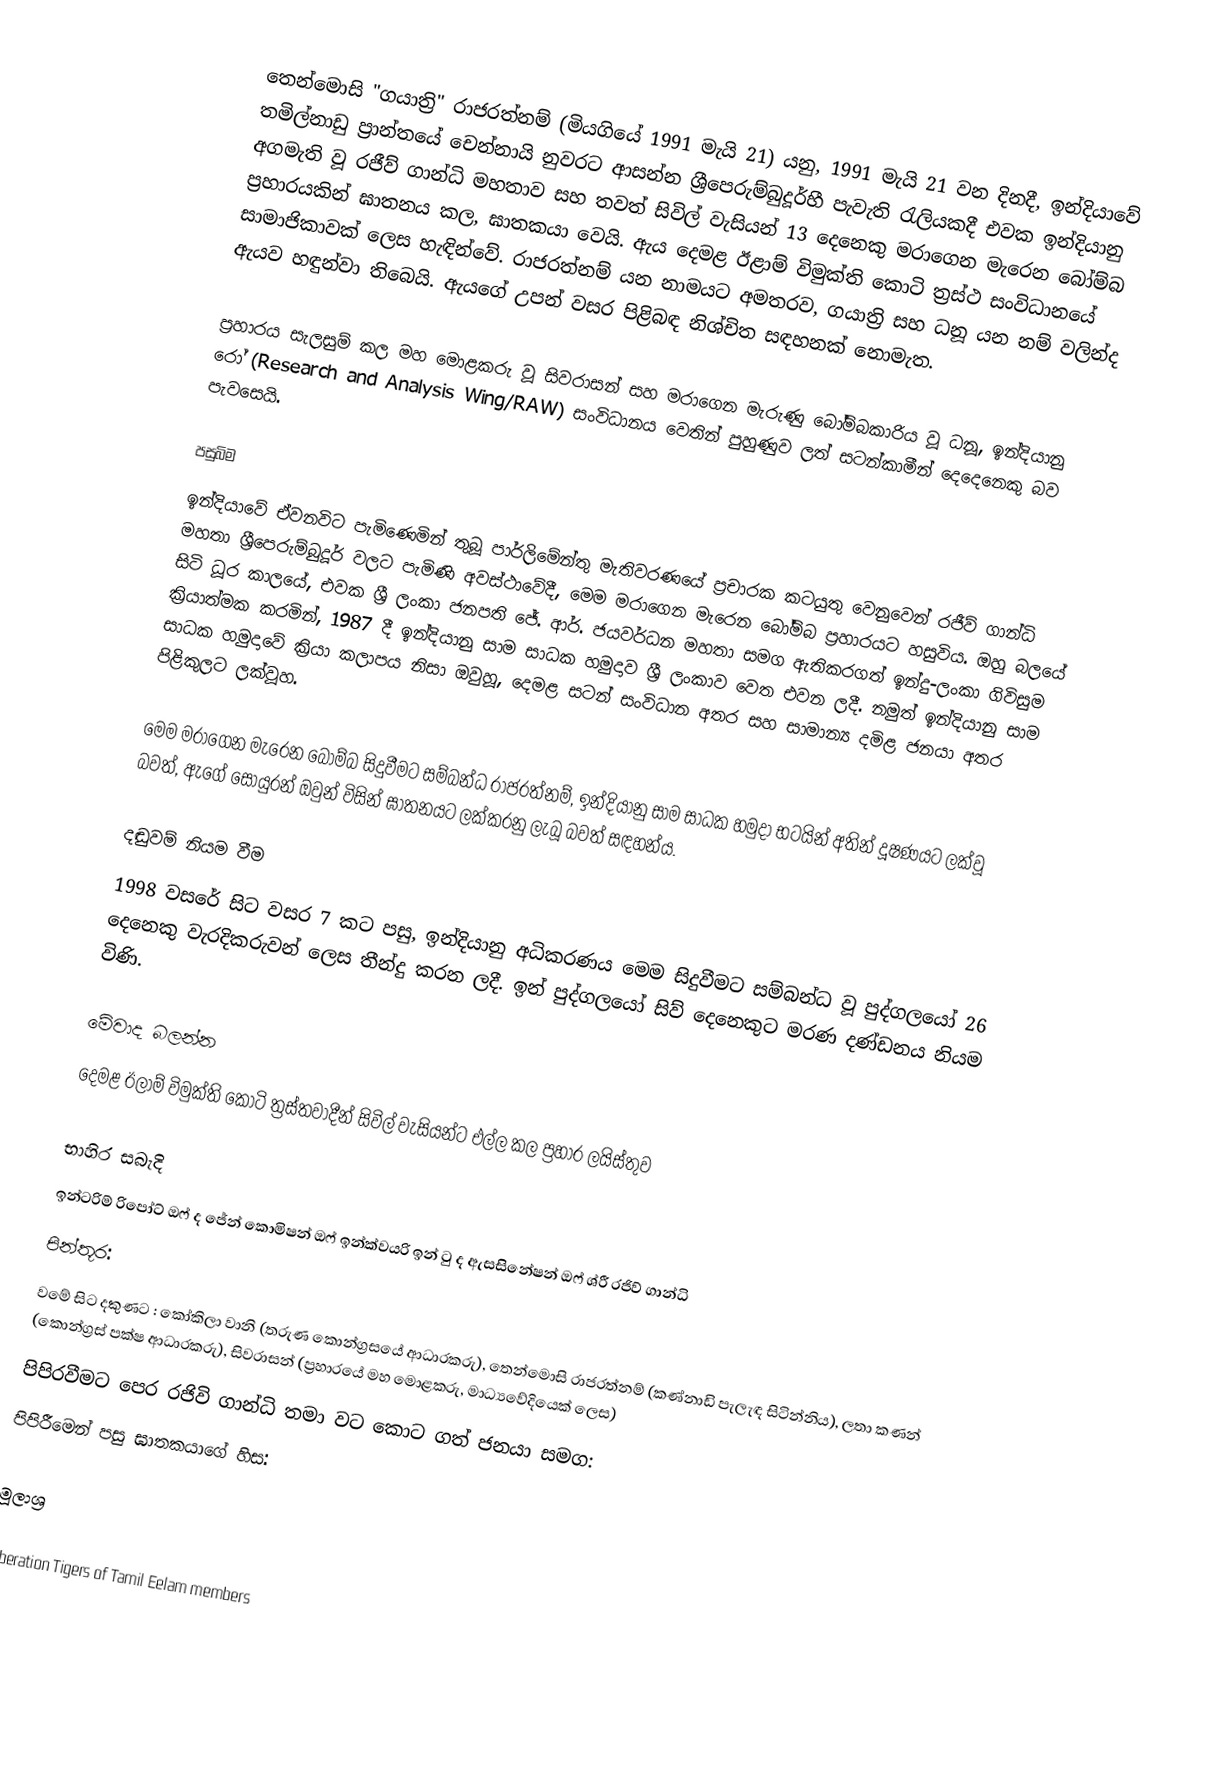
තෙන්මොසි "ගයාත්‍රි" රාජරත්නම්  (මියගියේ 1991 මැයි 21) යනු, 1991 මැයි 21 වන දිනදී, ඉන්දියාවේ තමිල්නාඩු ප්‍රාන්තයේ චෙන්නායි  නුවරට ආසන්න ශ්‍රීපෙරුම්බුදූර්හී පැවැති රැලියකදී එවක ඉන්දියානු අගමැති වූ රජීව් ගාන්ධි මහතාව සහ තවත් සිවිල් වැසියන් 13 දෙනෙකු මරාගෙන මැරෙන බෝම්බ ප්‍රහාරයකින් ඝාතනය කල, ඝාතකයා වෙයි. ඇය දෙමළ ඊළාම් විමුක්ති කොටි ත්‍රස්ථ සංවිධානයේ සාමාජිකාවක් ලෙස හැඳින්වේ. රාජරත්නම් යන නාමයට අමතරව, ගයාත්‍රි සහ ධනූ යන නම් වලින්ද ඇයව හඳුන්වා තිබෙයි. ඇයගේ උපන් වසර පිළිබඳ නිශ්චිත සඳහනක් නොමැත.

ප්‍රහාරය සැලසුම් කල මහ මොළකරු වූ සිවරාසන් සහ මරාගෙන මැරුණු බෝම්බකාරිය වූ ධනූ, ඉන්දියානු රෝ (Research and Analysis Wing/RAW) සංවිධානය වෙතින් පුහුණුව ලත් සටන්කාමීන් දෙදෙනෙකු බව පැවසෙයි.

පසුබිම
ඉන්දියාවේ ඒවනවිට පැමිණෙමින් තුබූ පාර්ලිමේන්තු මැතිවරණයේ ප්‍රචාරක කටයුතු වෙනුවෙන් රජීව් ගාන්ධි මහතා ශ්‍රීපෙරුම්බුදූර් වලට පැමිණි අවස්ථාවේදී, මෙම මරාගෙන මැරෙන බෝම්බ ප්‍රහාරයට හසුවිය. ඔහු බලයේ සිටි ධූර කාලයේ, එවක ශ්‍රී ලංකා ජනපති ජේ. ආර්. ජයවර්ධන මහතා සමග ඇතිකරගත් ඉන්දු-ලංකා ගිවිසුම ක්‍රියාත්මක කරමින්, 1987 දී ඉන්දියානු සාම සාධක හමුදාව ශ්‍රී ලංකාව වෙත එවන ලදී. නමුත් ඉන්දියානු සාම සාධක හමුදාවේ ක්‍රියා කලාපය නිසා ඔවුහූ, දෙමළ සටන් සංවිධාන අතර සහ සාමාන්‍ය දමිළ ජනයා අතර පිළිකුලට ලක්වූහ.

මෙම මරාගෙන මැරෙන බෝම්බ සිදුවීමට සම්බන්ධ රාජරත්නම්, ඉන්දියානු සාම සාධක හමුදා භටයින් අතින් දූෂණයට ලක්වූ බවත්, ඇගේ සොයුරන් ඔවුන් විසින් ඝාතනයට ලක්කරනු ලැබූ බවත් සඳහන්ය.

දඬුවම් නියම වීම
1998 වසරේ සිට වසර 7 කට පසු, ඉන්දියානු අධිකරණය මෙම සිදුවීමට සම්බන්ධ වූ පුද්ගලයෝ 26 දෙනෙකු වැරදිකරුවන් ලෙස තීන්දු කරන ලදී. ඉන් පුද්ගලයෝ සිව් දෙනෙකුට මරණ දණ්ඩනය නියම විණි.

මේවාද බලන්න
 දෙමළ ඊලාම් විමුක්ති කොටි ත්‍රස්තවාදීන් සිවිල් වැසියන්ට එල්ල කල ප්‍රහාර ලයිස්තුව

භාහිර සබැදි
ඉන්ටරිම් රිපෝට් ඔෆ් ද ජේන් කොමිෂන් ඔෆ් ඉන්ක්වයරි ඉන් ටු ද ඇසසිනේෂන් ඔෆ් ශ්රී රජිව් ගාන්ධි
පින්තූර:
වමේ සිට දකුණට : කෝකිලා වානි (තරුණ කොන්ග්‍රසයේ ආධාරකරු), තෙන්මොසි රාජරත්නම් (කණ්නාඩි පැලැඳ සිටින්නිය), ලතා කණන් (කොන්ග්‍රස් පක්ෂ ආධාරකරු), සිවරාසන් (ප්‍රහාරයේ මහ මොළකරු, මාධ්‍යවේදියෙක් ලෙස)
පිපිරවීමට පෙර රජිවි ගාන්ධි තමා වට කොට ගත් ජනයා සමග:
පිපිරීමෙන් පසු ඝාතකයාගේ හිස:

මූලාශ්‍ර

Liberation Tigers of Tamil Eelam members